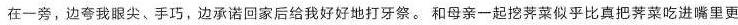
在一旁，边夸我眼尖、手巧，边承诺回家后给我好好地打牙祭。和母亲一起挖荠菜似乎比真把荠菜吃进嘴里更